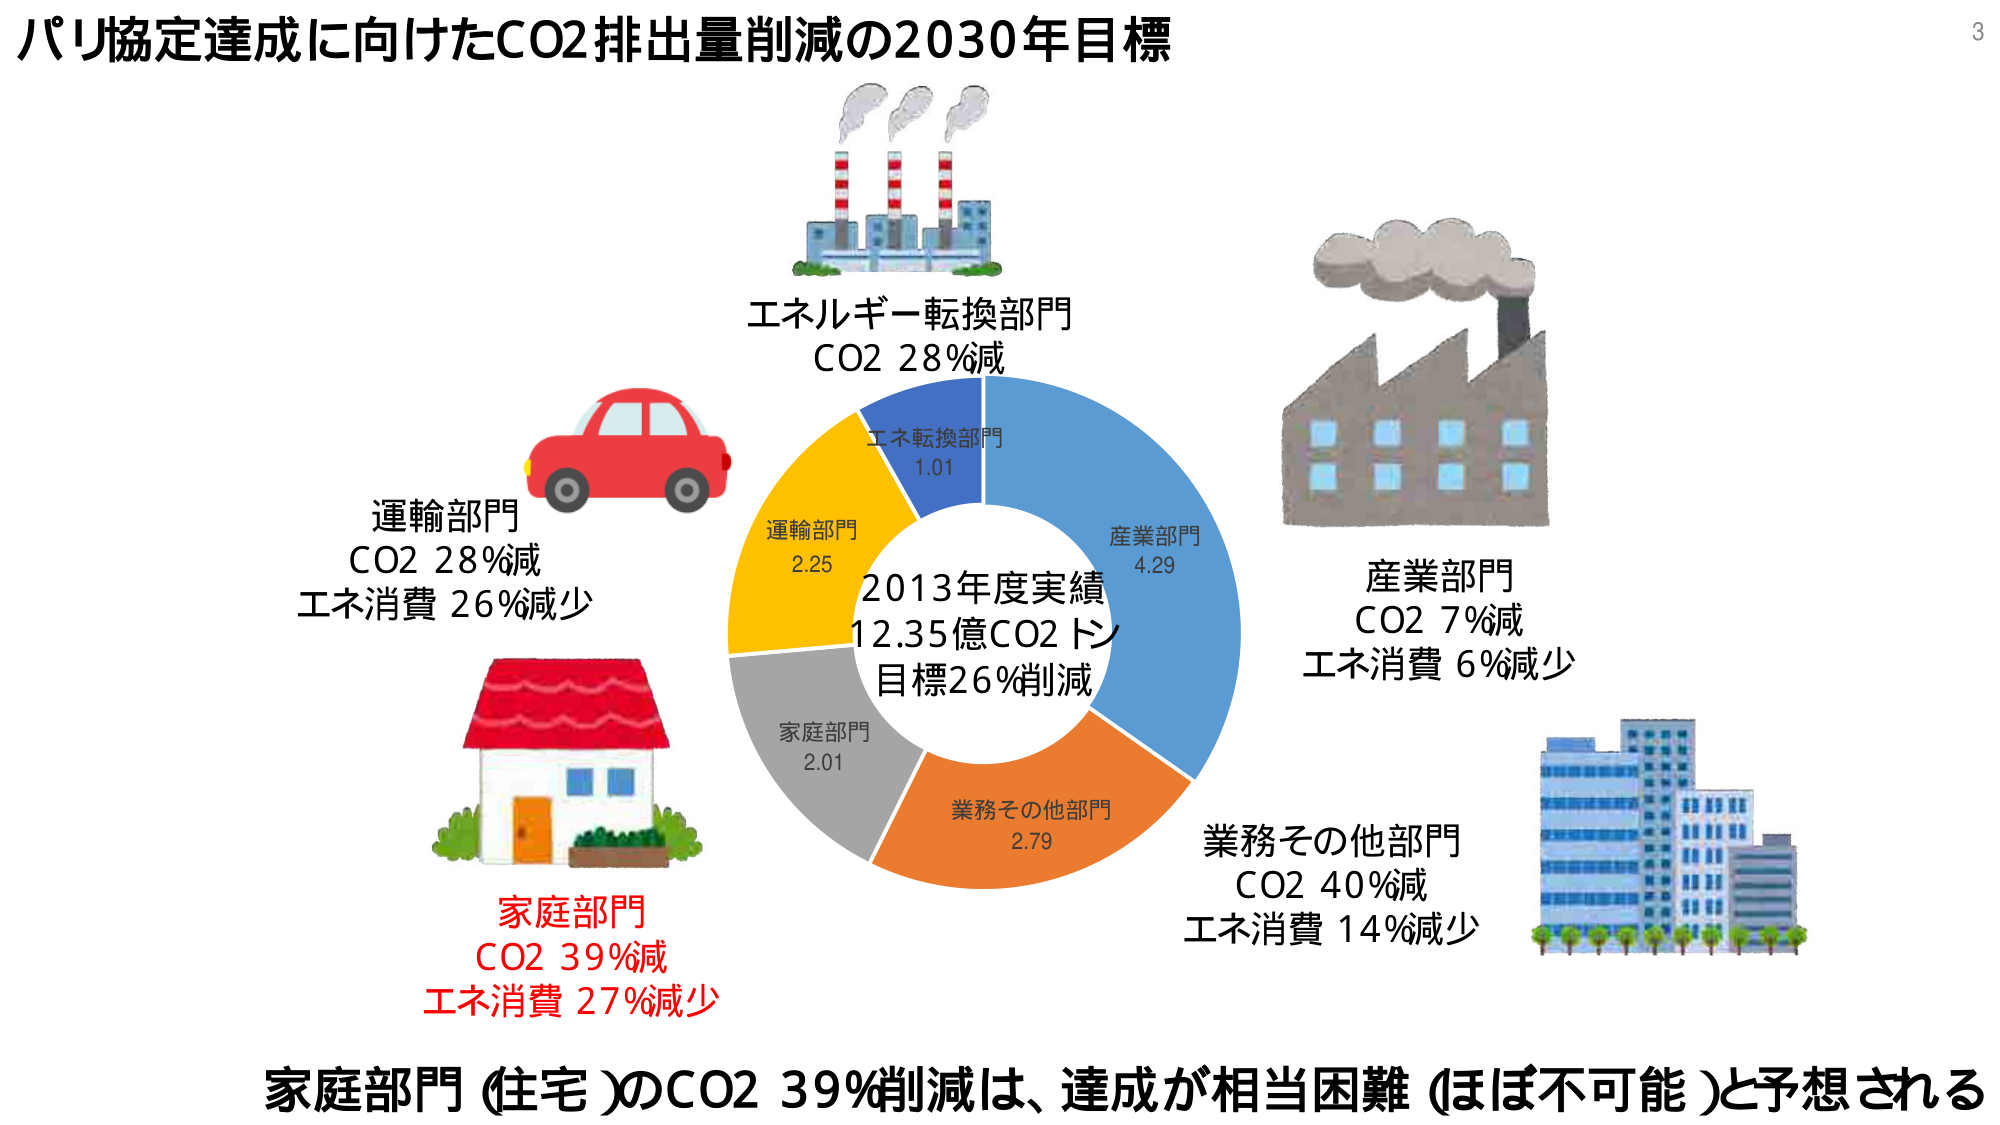
パリ協定達成に向けたCO2排出量削減の2030年目標

エネルギー転換部門
CO2 28%減

運輸部門
CO2 28%減
エネ消費 26%減少

産業部門
CO2 7%減
エネ消費 6%減少

家庭部門
CO2 39%減
エネ消費 27%減少

業務その他部門
CO2 40%減
エネ消費 14%減少

2013年度実績
12.35億CO2トン
目標26%削減

エネ転換部門
1.01

運輸部門
2.25

家庭部門
2.01

業務その他部門
2.79

産業部門
4.29

家庭部門（住宅）のCO2 39%削減は、達成が相当困難（ほぼ不可能）と予想される

3